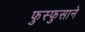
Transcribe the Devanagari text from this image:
फुस्फुसाने